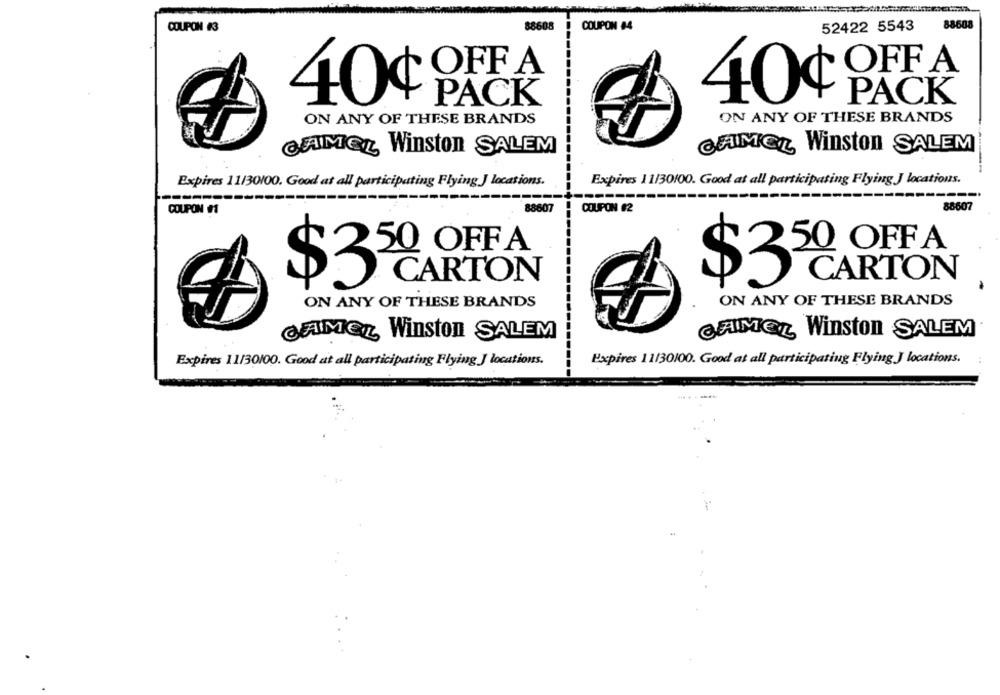
COUPOH 43
88608
COUPON #4
52422 5543
88608
OFF A
OFF A
40¢
PACK
40¢
PACK
ON ANY OF THESE BRANDS
ON ANY OF THESE BRANDS
CAMEL Winston SALEM
CAMEL Winston SALEM
Expires 11/30100. Good at all participating Flying J locations.
Expires 11/30100. Good at all participating Flying J locations.
88607
COUPON #2
88607
COUPON #1
50 OFFA
50 OFFA
CARTON
CARTON
$35
$3
ON ANY OF THESE BRANDS
ON ANY OF THESE BRANDS
CAMEL Winston SALEM
CAMEL Winston SALEM
Expires 11/30100. Good at all participating Flying J locations.
Expires 11/30/00. Good at all participating Flying J locations.